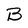
Character: B